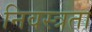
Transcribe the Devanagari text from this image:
निवस्त्रता